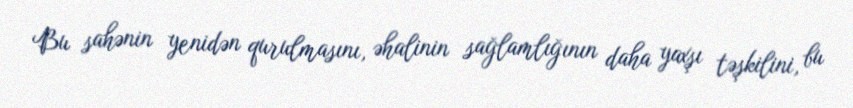
Bu sahənin yenidən qurulmasını, əhalinin sağlamlığının daha yaxşı təşkilini, bu